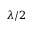
\lambda / 2